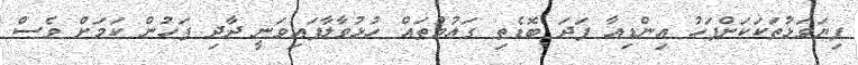
ފިޔަވަޅުތަކަކަށްފަހު އިންޑިއާ ފަދަ ބޮޑެތި ގައުމުތައް ހުޅުވާލާފައިވަނީ ދާދި ފަހުން ކަމަށް ވެސް